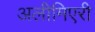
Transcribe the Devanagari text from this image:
अलीमिएरी